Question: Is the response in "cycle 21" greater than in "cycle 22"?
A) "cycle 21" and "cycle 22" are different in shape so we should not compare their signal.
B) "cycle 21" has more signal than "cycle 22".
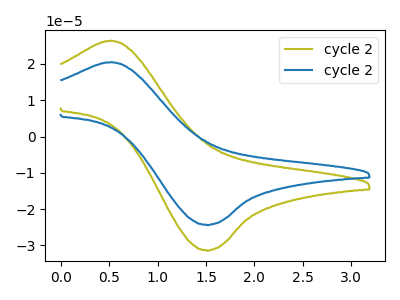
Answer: <think>The olive curve "cycle 21" has an anodic peak at (0.50V, 26.45uA) and a cathodic peak at (1.50V, -31.35uA). The blue curve "cycle 22" has an anodic peak at (0.50V, 20.50uA) and a cathodic peak at (1.50V, -24.30uA).
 All the peaks in "cycle 21" have a peak in "cycle 22" at the same potential. Every peak in "cycle 21" is higher than every peak in "cycle 22".</think>
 <answer>B) "cycle 21" has more signal than "cycle 22".</answer>
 <eval>B</eval>